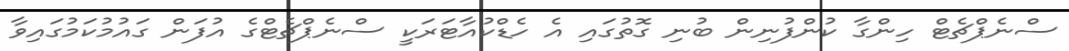
ސްނެޕްޗެޓް ހިންގާ ކުންފުނިން ބުނި ގޮތުގައި އެ ހެޑްކުއާޓަރަކީ ސްނެޕްޗެޓްގެ އުފަން ގައުމުކަމުގައިވާ